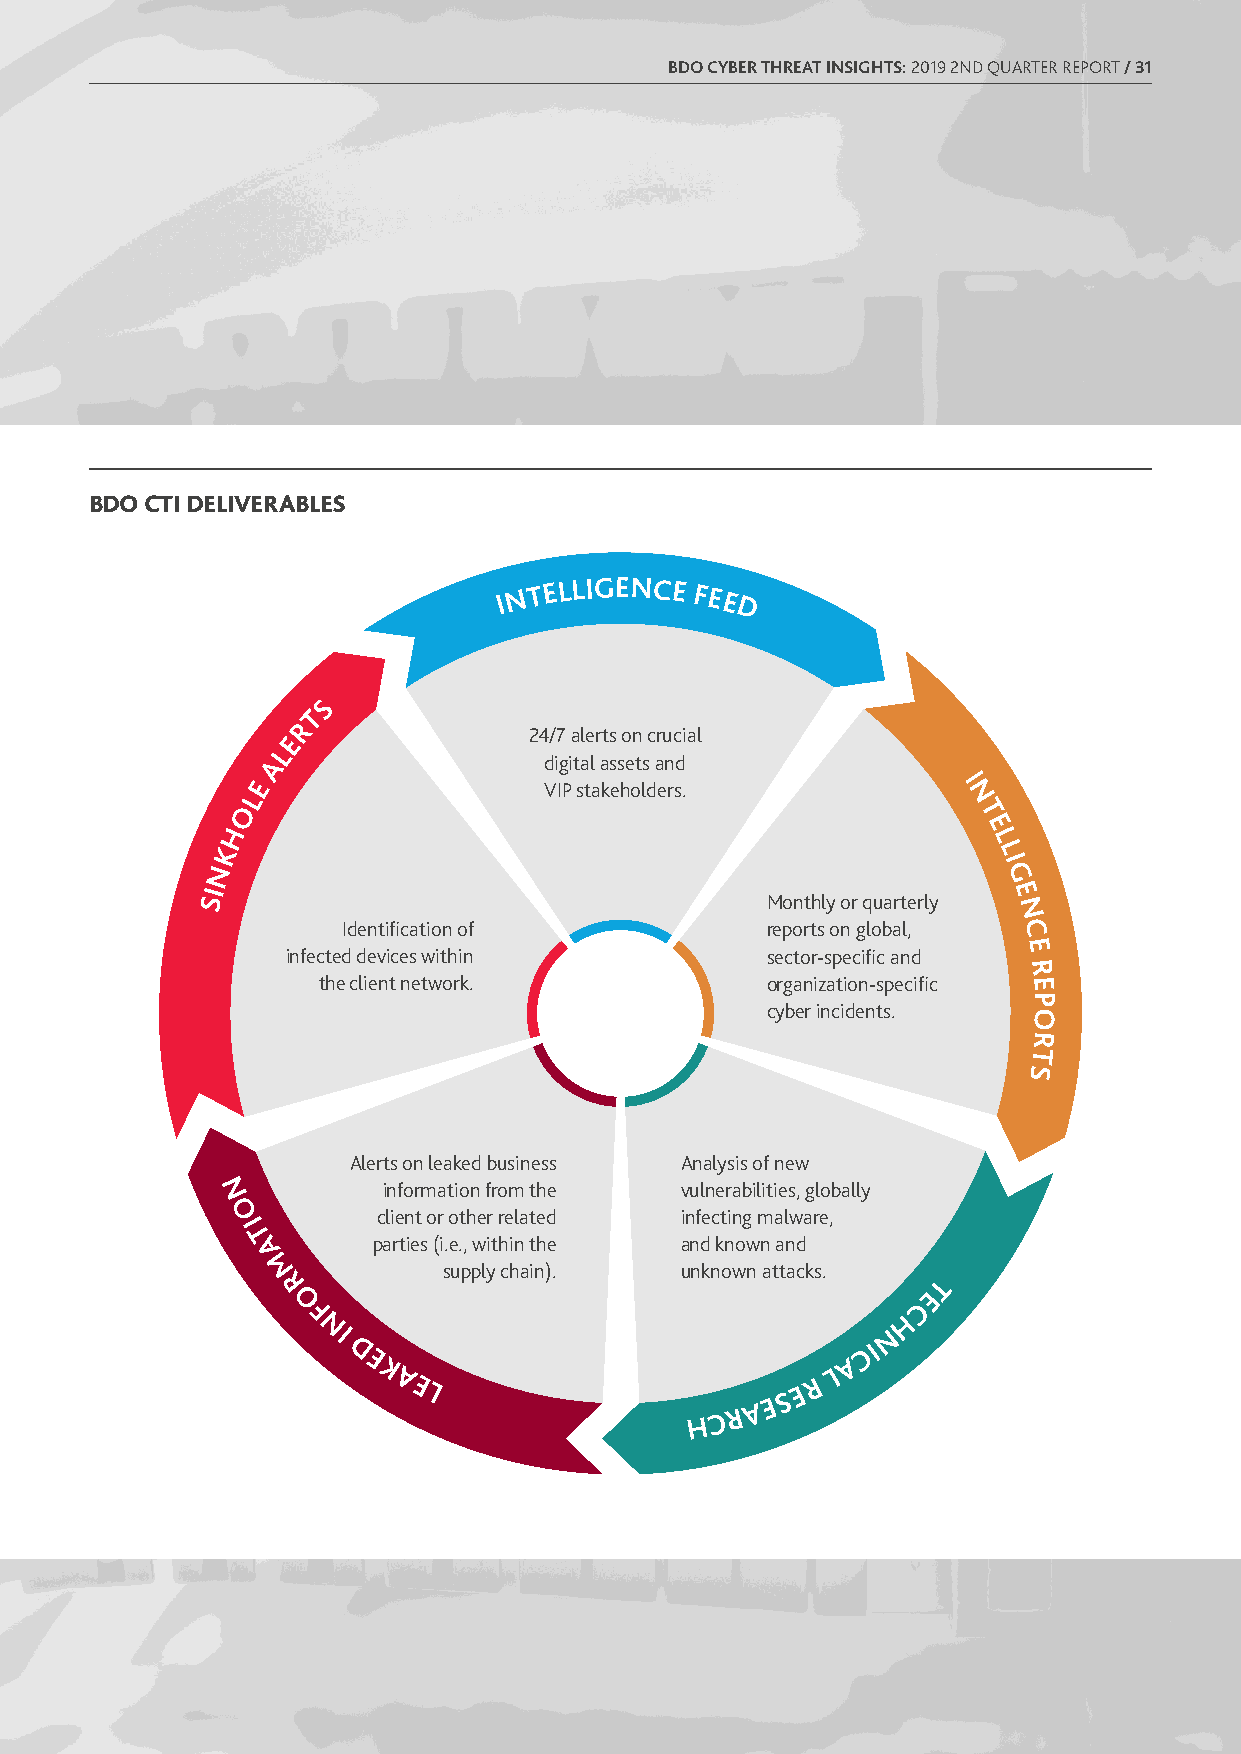
BDO CYBER THREAT INSIGHTS: 2019 2ND QUARTER REPORT / 31
 BDO CTI DELIVERABLES
 I N
 TELLIGENCE
 FEE
 D
 S
 T
 R
 E               24/7 alerts on crucial
 L
 A                 digital assets and
 E                  VIP stakeholders.          I
 L                                               N
 O                                               T
 H                                                 E
 L
 K                                                   L
 N                                                   I G
 I                                                     E
 S                                     Monthly or quarterly
 N
 Identification of           reports on global, C
 E
 infected devices within         sector-specific and
 R
 the client network.           organization-specific E
 P
 cyber incidents.
 O
 R
 T
 S
 Alerts on leaked business Analysis of new
 N          information from the vulnerabilities, globally
 O         client or other related infecting malware,
 I
 T        parties (i.e., within the and known and
 A
 M           supply chain).  unknown attacks.
 R                                           T
 E
 O                                        C
 F                                       H
 NI                                   N
 D                                 CI
 E                               A
 K                             L
 A EL                H C R A E S E R